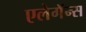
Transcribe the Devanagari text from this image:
एलेगॅन्स